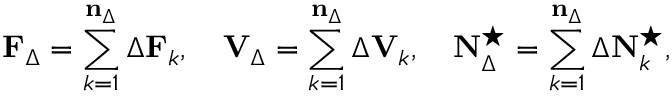
\mathbf { F } _ { \Delta } = \sum _ { k = 1 } ^ { \mathbf { n } _ { \Delta } } \Delta \mathbf { F } _ { k } , \quad \mathbf { V } _ { \Delta } = \sum _ { k = 1 } ^ { \mathbf { n } _ { \Delta } } \Delta \mathbf { V } _ { k } , \quad \mathbf { N } _ { \Delta } ^ { \star } = \sum _ { k = 1 } ^ { \mathbf { n } _ { \Delta } } \Delta \mathbf { N } _ { k } ^ { \star } ,